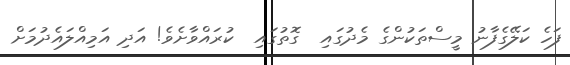
ފަހެ ކަލޭގެފާނު މީސްތަކުންގެ މެދުގައި  ގޮތުގައި  ކުރައްވާށެވެ! އަދި އަމިއްލައެދުމަށް